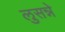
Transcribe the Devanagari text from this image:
लुसन्ने